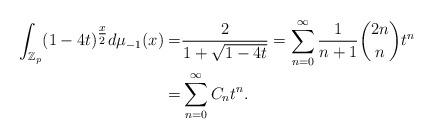
LaTeX: \begin{align*}\int_{\mathbb{Z}_p} (1-4t)^{\tfrac{x}{2}} d\mu_{-1} (x) =& \frac{2}{1+\sqrt{1-4t}} = \sum_{n=0}^\infty \frac{1}{n+1} {2n \choose n} t^n \\=& \sum_{n=0}^\infty C_n t^n.\end{align*}